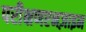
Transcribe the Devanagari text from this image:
परीक्षणएनज़ाइम